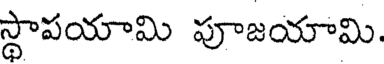
స్థాపయామి పూజయామి.